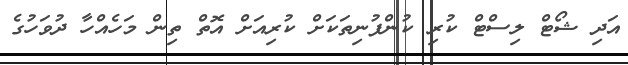
އަދި ޝޯޓް ލިސްޓް ކުރި ކުންފުނިތަކަށް ކުރިއަށް އޮތް ތިން މަހެއްހާ ދުވަހުގެ